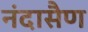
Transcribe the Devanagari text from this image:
नंदासैण